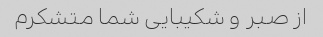
از صبر و شکیبایی شما متشکرم